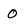
Character: O